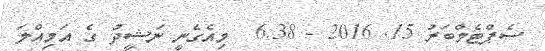
ސެޕްޓެމްބަރު 15